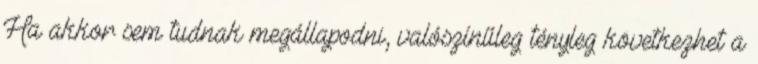
Ha akkor sem tudnak megállapodni, valószínűleg tényleg következhet a